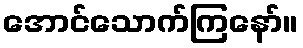
အောင်သောက်ကြနော်။